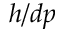
h / d p